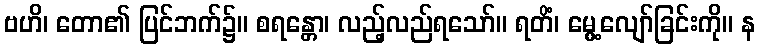
ဗဟိ၊ တော၏ ပြင်ဘက်၌။ စရန္တော၊ လည့်လည်ရသော်။ ရတိံ၊ မွေ့လျော်ခြင်းကို။ န